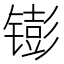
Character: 𬭵